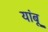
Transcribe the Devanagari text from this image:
यांबू